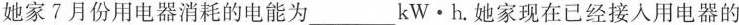
她家7月份用电器消耗的电能为 kW·h。她家现在已经接人用电器